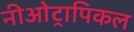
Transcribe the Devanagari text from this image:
नीओट्रापिकल